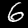
Label: 6